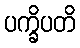
ပက္ခိပတိ